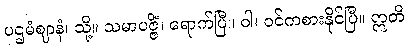
ပဌမံဈာနံ၊ သို့။ သမာပဇ္ဇိံ၊ ရောက်ပြီ။ ဝါ၊ ဝင်ကစားနိုင်ပြီ။ ဣတိ